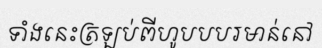
ទាំងនេះត្រឡប់ពីហូបបបរមាន់នៅ